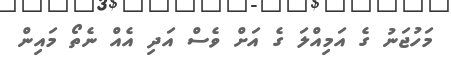
މަހުޖަނު ގެ އަމިއްލަ ގެ އަށް ވެސް އަދި އެއް ނެތޯ މައިން